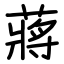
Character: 蔣